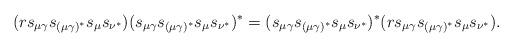
LaTeX: \begin{align*} (r s_{\mu\gamma}s_{(\mu\gamma)^*} s_{\mu} s_{\nu^*})(s_{\mu\gamma}s_{(\mu\gamma)^*} s_{\mu} s_{\nu^*})^* =(s_{\mu\gamma}s_{(\mu\gamma)^*} s_{\mu} s_{\nu^*})^*(r s_{\mu\gamma}s_{(\mu\gamma)^*} s_{\mu} s_{\nu^*}).\end{align*}